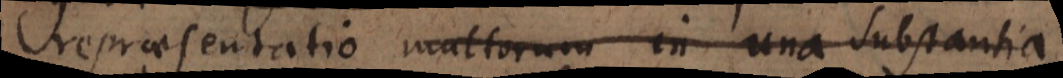
repraesentatio multorum in una substantia